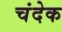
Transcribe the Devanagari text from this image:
चंदेक